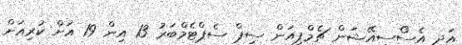
އަދި އެސޯސިއޭޝަން ޗެމްޕިއަން ސިޕް ސެޕްޓެމްބަރު 13 އިން 19 އަށް ކުރިއަށް